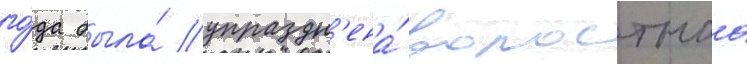
го́да была́ упраздн'ена́ волостнаа